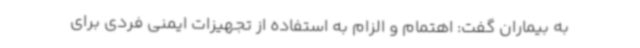
به بیماران گفت: اهتمام و الزام به استفاده از تجهیزات ایمنی فردی برای